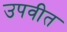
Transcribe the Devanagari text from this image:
उपवीत